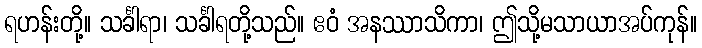
ရဟန်းတို့။ သင်္ခါရာ၊ သင်္ခါရတို့သည်။ ဧဝံ အနဿာသိကာ၊ ဤသို့မသာယာအပ်ကုန်။